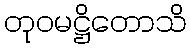
တုဝမဋ္ဌိတောသိ